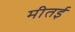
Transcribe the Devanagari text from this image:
मीतई